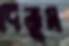
দিতুম